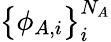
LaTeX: \big\{ \phi_{A,i}\big\} _{i}^{N_{A}}